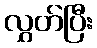
လွှတ်ပြီး